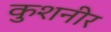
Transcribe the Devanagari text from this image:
कुशनीर